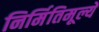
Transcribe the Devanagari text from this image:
निर्मितिमूल्ये